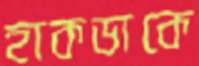
হাকডাকে